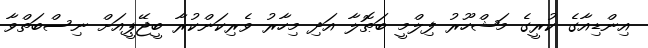
އިންޑިއާގެ ކުރީގެ މަޝްހޫރު ފިލްމީ ބަޠޮލާ އަދި މިހާރު ވެރިކަންކުރާ ބީޖޭޕީއަށް ނިސްބަތްވާ